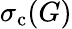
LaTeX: \sigma_{\mathrm{c}}(G)